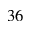
3 6